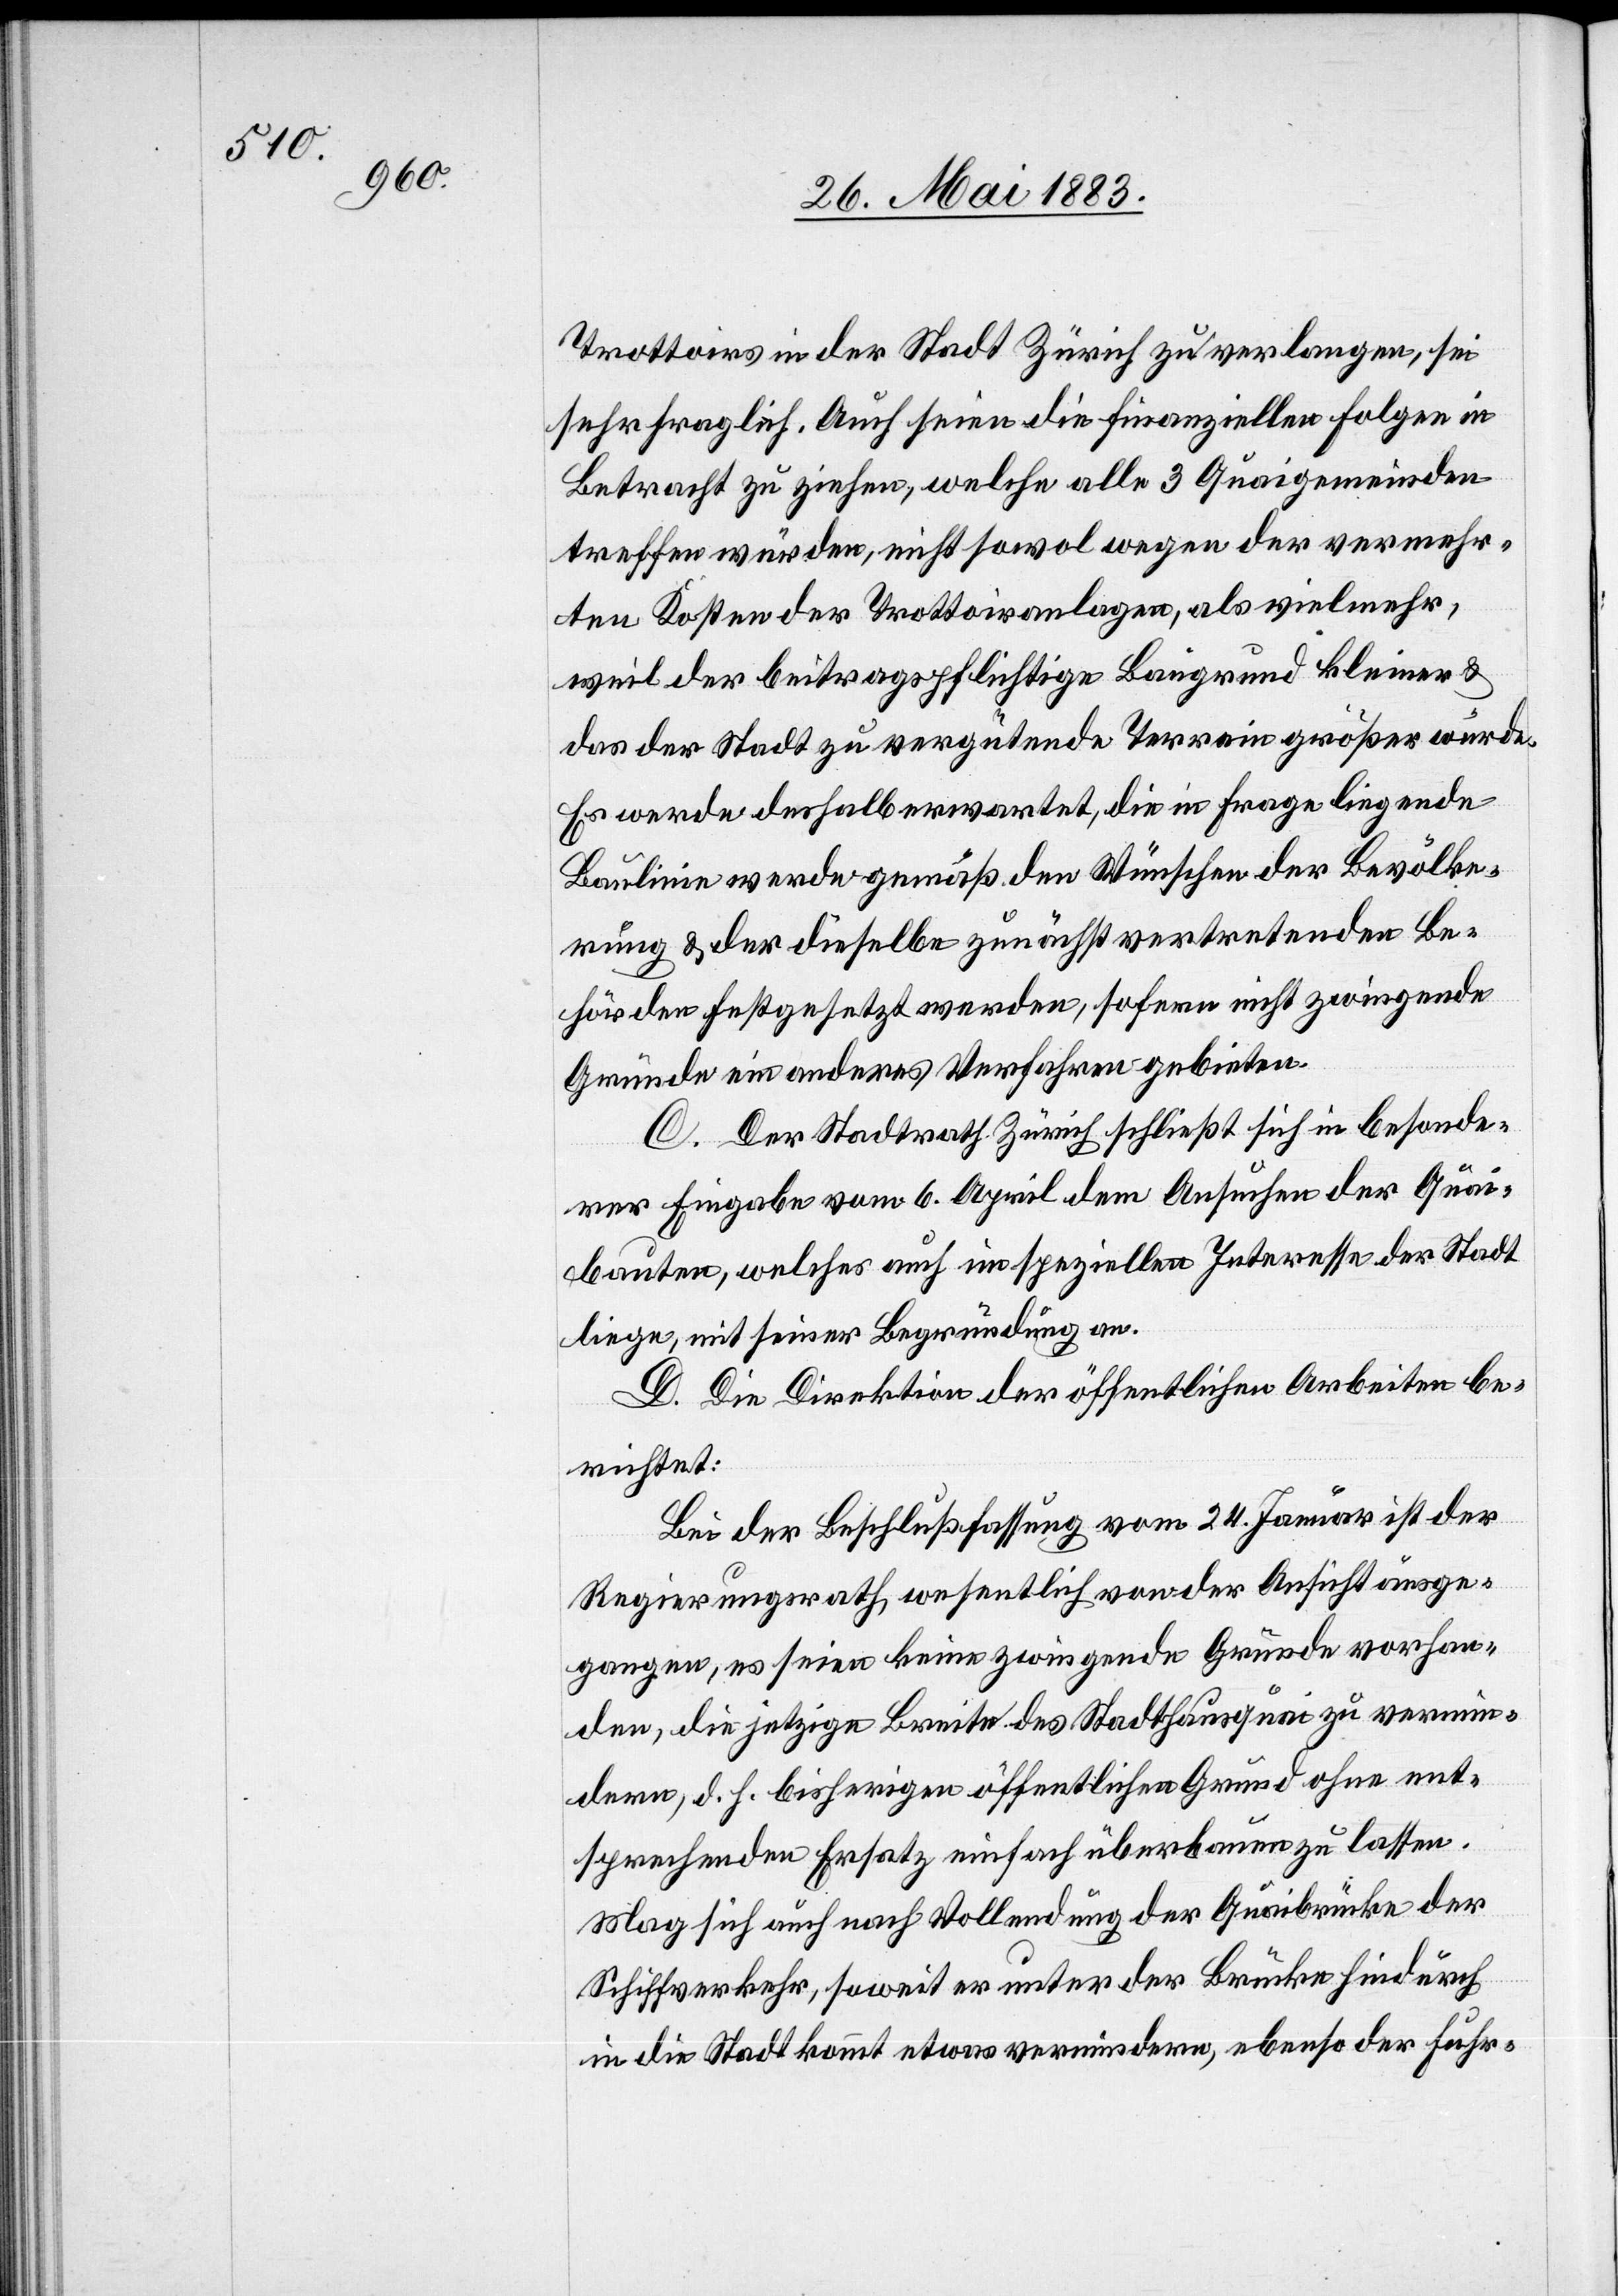
Trottoirs in der Stadt Zürich zu verlangen, sei
sehr fraglich. Auch seien die finanziellen Folgen in
Betracht zu ziehen, welche alle 3 Quaigemeinden
treffen würden, nicht sowol wegen der vermehr¬
ten Kosten der Trottoiranlagen, als vielmehr,
weil der beitragspflichtige Baugrund kleiner &
das der Stadt zu vergütende Terrain größer würde.
Es werde deshalb erwartet, die in Frage liegende
Baulinie werde gemäß den Wünschen der Bevölke¬
rung & der dieselbe zunächst vertretenden Be¬
hörden festgesetzt werden, sofern nicht zwingende
Gründe ein anderes Verfahren gebieten.
C. Der Stadtrath Zürich schließt sich in besonde¬
rer Eingabe vom 6. April dem Ansuchen der Quai¬
bauten, welches auch im speziellen Interesse der Stadt
liege, mit seiner Begründung an.
D. Die Direktion der öffentlichen Arbeiten be¬
richtet:
Bei der Beschlußfassung vom 24. Januar ist der
Regierungsrath wesentlich von der Ansicht ausge¬
gangen, es seien keine zwingende Gründe vorhan¬
den, die jetzige Breite des Stadthausquai zu vermin¬
dern, d. h. bisherigen öffentlichen Grund ohne ent¬
sprechenden Ersatz einfach überbauen zu lassen.
Mag sich auch nach Vollendung der Quaibrücke der
Schiffsverkehr, soweit er unter der Brücke hiedurch
in die Stadt kommt etwas vermindern, ebenso der Fuhr-